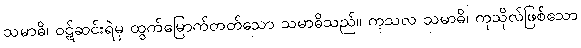
သမာဓိ၊ ဝဋ်ဆင်းရဲမှ ထွက်မြောက်တတ်သော သမာဓိသည်။ ကုသလ သမာဓိ၊ ကုသိုလ်ဖြစ်သော